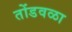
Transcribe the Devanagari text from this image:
तोंडवळा